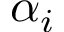
\alpha _ { i }